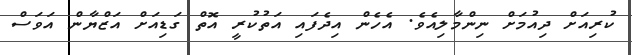
ކުރިއަށް ދިއުމަށް ނިންމާލިއެވެ. އެހެން އިދެފައި އަތުކުރީ އޮތް ގަޑިއަށް އަޒްޔާން އަވަސް